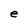
Character: e